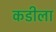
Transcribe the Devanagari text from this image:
कडीला